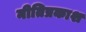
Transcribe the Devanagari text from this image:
नीतिप्रकाश